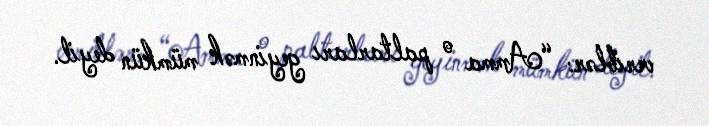
veriblər: “Amma o paltarları geyinmək mümkün deyil.